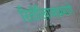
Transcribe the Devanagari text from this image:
रितीरिवाजाप्रमाणे